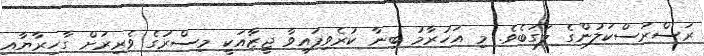
ރަސްރަސްކަލުންގެ ލަގަބެވެ. މި އަހުރާމު ބިނާ ކުރެވިފައިވާ ޖީޒާއަކީ މިސްރުގެ ވެރިރަށް ގާހިރާޔާއި